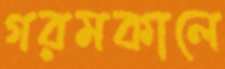
গরমকালে